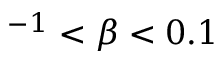
^ { - 1 } < \beta < 0 . 1